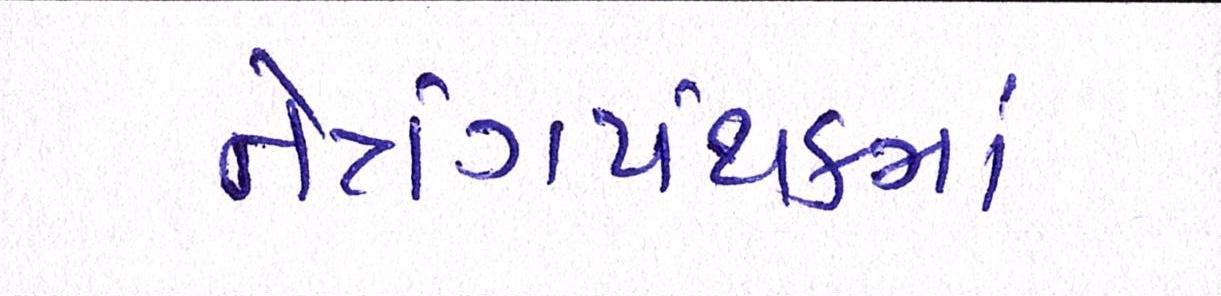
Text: નેત્રંગપંથકમાં